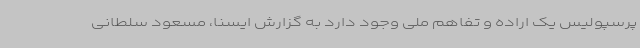
پرسپولیس یک اراده و تفاهم ملی وجود دارد به گزارش ایسنا، مسعود سلطانی